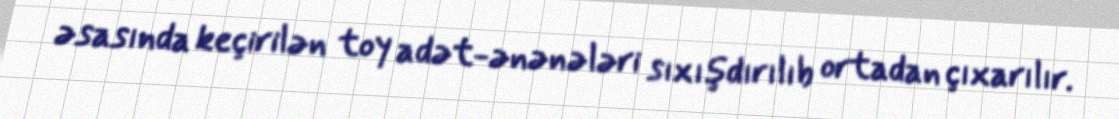
əsasında keçirilən toy adət-ənənələri sıxışdırılıb ortadan çıxarılır.